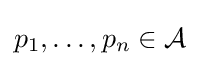
p_{1},\ldots ,p_{n}\in {\mathcal {A}}